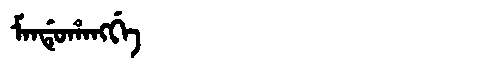
Manchu: ᠮᠠᠨᡩᡠᡥᠠᠩᡤᡝ
Romanization: MANDUHANGGE